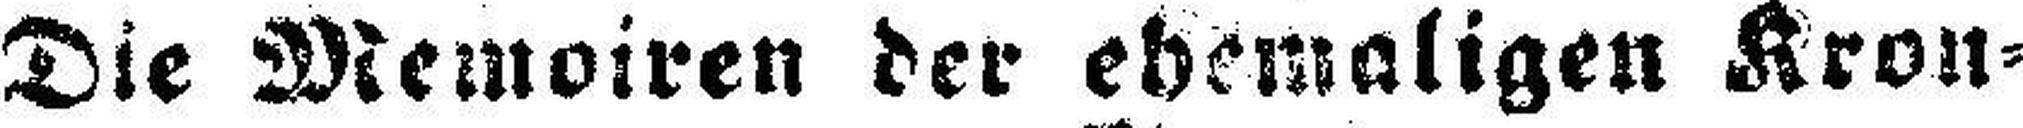
Die Memoiren der ehemaligen Kron¬